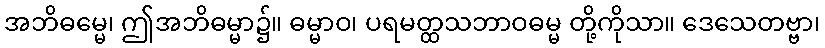
အဘိဓမ္မေ၊ ဤအဘိဓမ္မာ၌။ ဓမ္မာဝ၊ ပရမတ္ထသဘာဝဓမ္မ တို့ကိုသာ။ ဒေသေတဗ္ဗာ၊